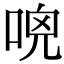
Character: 𠴺